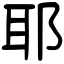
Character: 耶